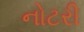
નોટરી